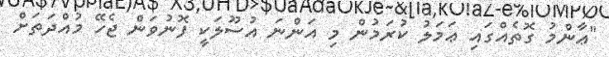
"ޢާންމު ގޮތެއްގައި ޢަމަލު ކުރަމުން މި އަންނަ އުސޫލަކީ ފޮނުވަން ޖެހޭ މުއްދަތަށް